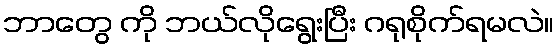
ဘာတွေ ကို ဘယ်လိုရွေးပြီး ဂရုစိုက်ရမလဲ။